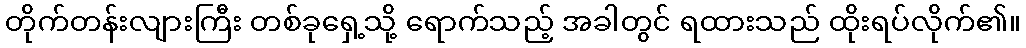
တိုက်တန်းလျားကြီး တစ်ခုရှေ့သို့ ရောက်သည့် အခါတွင် ရထားသည် ထိုးရပ်လိုက်၏။